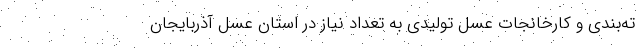
ته‌بندی و کارخانجات عسل تولیدی به تعداد نیاز در استان عسل آذربایجان